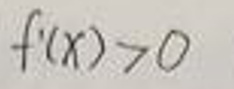
\[f^{\prime}(x)>0\]